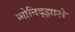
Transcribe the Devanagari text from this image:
न्गोनिद्झाशे